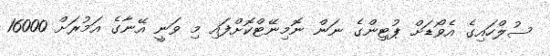
ސުލްހައިގެ އެވޯޑަށް ޕުޓިންގެ ނަން ނޮމިނޭޓްކޮށްފައި މި ވަނީ އޭނާގެ އަމުރަށް 16000